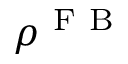
\boldsymbol { \rho } ^ { \mathrm { ~ F ~ B ~ } }